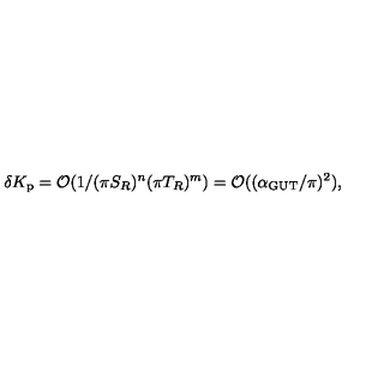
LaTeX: \delta K _ { \mathrm { p } } = { \cal O } ( 1 / ( \pi S _ { R } ) ^ { n } ( \pi T _ { R } ) ^ { m } ) = { \cal O } ( ( \alpha _ { \mathrm { G U T } } / \pi ) ^ { 2 } ) ,